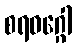
စရဝဂ္ဂေါ